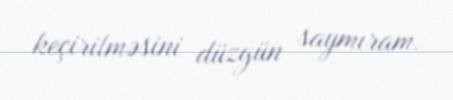
keçirilməsini düzgün saymıram.